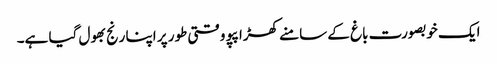
ایک خوبصورت باغ کے سامنے کھڑا پپو وقتی طور پر اپنا رنج بھول گیا ہے۔